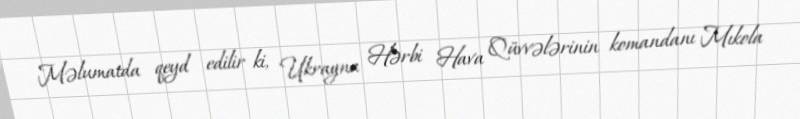
Məlumatda qeyd edilir ki, Ukrayna Hərbi Hava Qüvvələrinin komandanı Mıkola